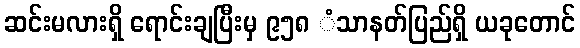
ဆင်းမလားရှိ ရောင်းချပြီးမှ ၉၅၈ ံသာနတ်ပြည်ရှိ ယခုတောင်